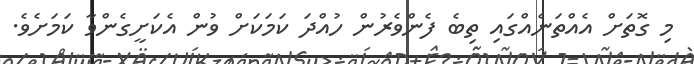
މި ގޮތަށް އެއްތަނެއްގައި ތިބެ ފެންވެރުން ހުއްދަ ކަމަކަށް ވުން އެކަށީގެންވާ ކަމަށެވެ.